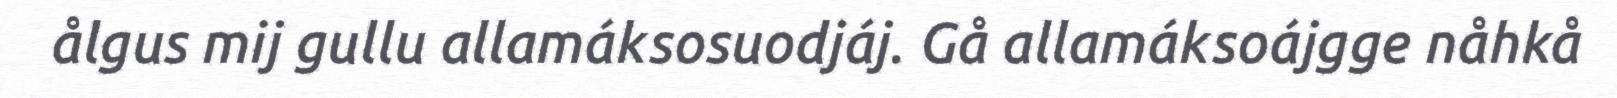
ålgus mij gullu allamáksosuodjáj. Gå allamáksoájgge nåhkå